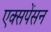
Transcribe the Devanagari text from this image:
एक्सपेंसन